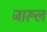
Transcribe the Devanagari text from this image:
जारूल